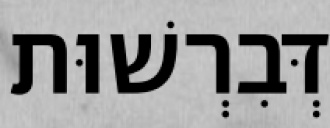
דְּבִרְשׁוּת